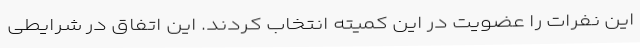
این نفرات را عضویت در این کمیته انتخاب کردند. این اتفاق در شرایطی